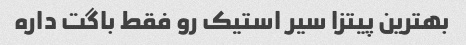
بهترین پیتزا سیر استیک رو فقط باگت داره